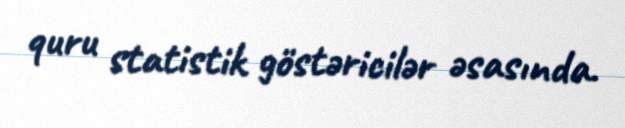
quru statistik göstəricilər əsasında.